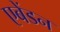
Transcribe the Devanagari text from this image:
एबेंडन